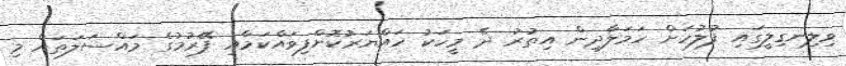
ވިލިނގިލީގައި ފުލުހަށް ހަމަލާދިން އިތުރު ދެ މީހަކު ހައްޔަރުކޮށްފިވައްކަމާއި ފޭރުމުގެ މައްސަލަތައް މި